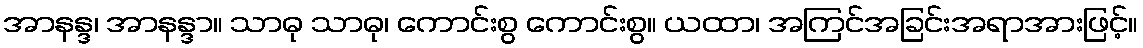
အာနန္ဒ၊ အာနန္ဒာ။ သာဓု သာဓု၊ ကောင်းစွ ကောင်းစွ။ ယထာ၊ အကြင်အခြင်းအရာအားဖြင့်။